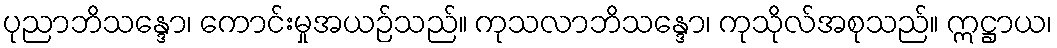
ပုညာဘိသန္ဒော၊ ကောင်းမှုအယဉ်သည်။ ကုသလာဘိသန္ဒော၊ ကုသိုလ်အစုသည်။ ဣဋ္ဌာယ၊